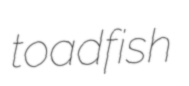
toadfish